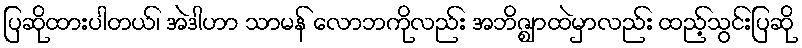
ပြဆိုထားပါတယ်၊ အဲဒါဟာ သာမန် လောဘကိုလည်း အဘိဇ္ဈာထဲမှာလည်း ထည့်သွင်းပြဆို